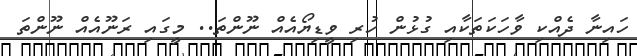
ހައިނާ ދެއްކި ވާހަކަތަކާއި ގުޅުން ހުރި ވީޑިޔޯއެއް ނޫންތަ.. މީގައި ރަނޫއެއް ނޫންތަ